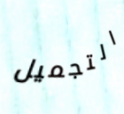
التجميل